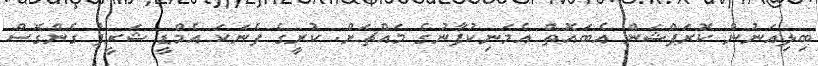
ބިލިއަނުން ކޮރަޕްޝަން އެބައޮތް އެމަނިކުފާނުގެ މައްޗަށް. ކުރީގެ ފެނަކަ އެމްޑީ ޝަރީފު ގެންގޮސް